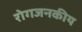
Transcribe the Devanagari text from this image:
रोगजनकीय